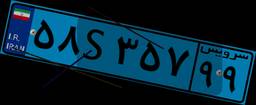
۳۹S۱۶۴۴۹